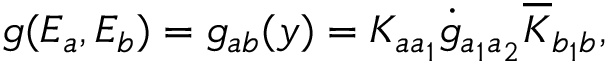
g ( E _ { a } , E _ { b } ) = g _ { a b } ( y ) = K _ { a a _ { 1 } } \dot { g } _ { a _ { 1 } a _ { 2 } } \overline { { { K } } } _ { b _ { 1 } b } ,